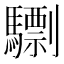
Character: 𩦠